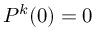
P ^ { k } ( 0 ) = 0